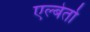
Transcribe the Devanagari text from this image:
एल्बेर्तो